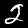
Digit: 2